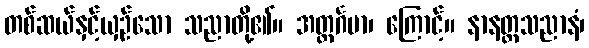
တစ်ဆယ်နှင့်ယှဉ်သော သညာတို့၏။ အတ္ထင်္ဂမာ၊ ကြောင့်။ နာနတ္တသညာနံ၊